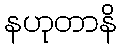
နဟုတာနိ